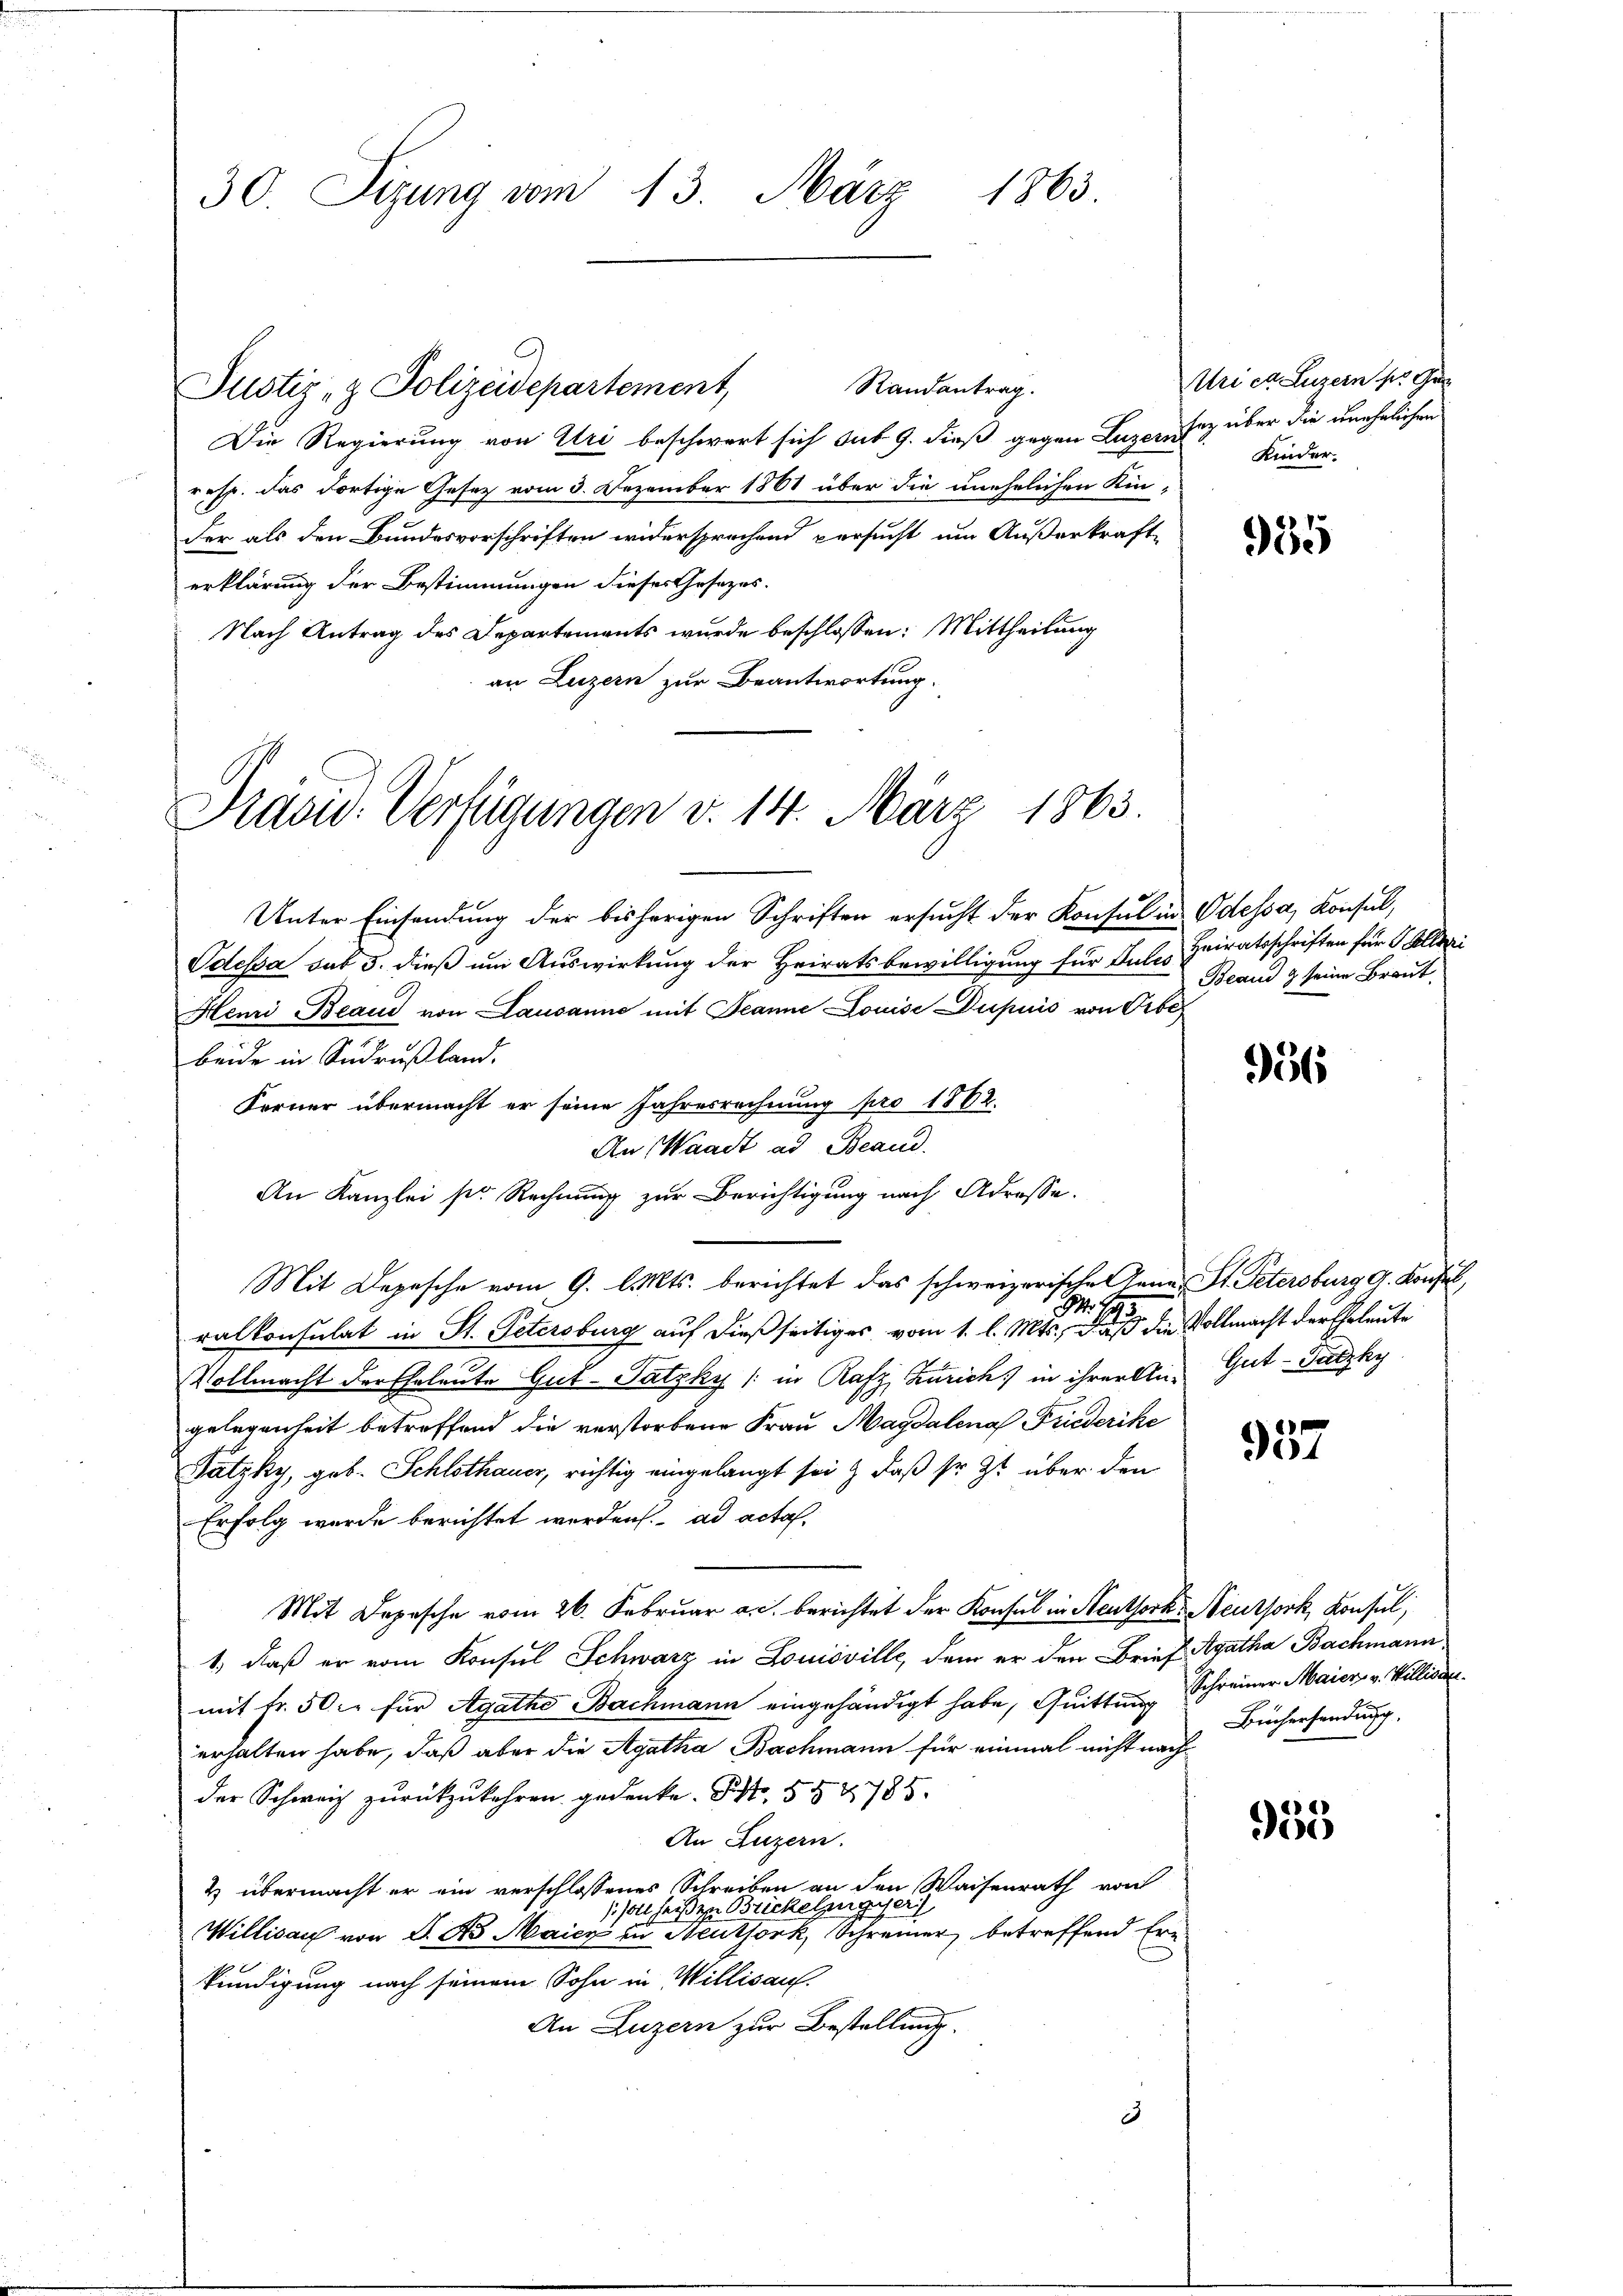
30. Sizung vom 13. März 1863.

Randantrag.
Die Regierung von Uri beschwert sich sub 9. dieß gegen Luzernsiz über die unehelichen
resp. das dortige Gesetz vom 3. Dezember 1861 über die unehelichen Kin-
der als den Bundesvorschriften widersprechend versucht um Außerkraft-
erklärung der Bestimmungen dieses Gesetzes.
Nach Antrag des Departements wurde beschlossen: Mittheilung
an Luzern zur Beantwortung.

Justiz- & Polizeidepartement,

Prasis. Verfügungen d. 14. März 1863.

Unter Einsendung der bisherigen Schriften ersucht der Konsul in Odessa, Konsul,
Odessa sub 3. dieß um Auswirkung der Heiratsbewilligung für Gutes
Henri Beaud von Lausanne mit Jeanne Louise Dupuis von Obe
beide in Sudrußland.
Ferner übermacht er seine Jahresrechnung pro 1862.
An Waadt ad Brand.
An Kanzlei pr Rechnung zur Berichtigung nach Adresse.
Mit Depesche vom 9. d. Mts. berichtet das schweizerische ana, St. Petersburg g. Konsul
M. H.
ralkonsulat in St. Petersburg auf dießseitiges vom 1. l. Mts., daß die Vollmacht der Eheleute
Vollmacht der Eheleute Gut-Satzky (: in Rafz, Zürich) in ihreren Gut-Tatzky
gelegenheit betreffend die verstorbene Frau Magdalena Friederike
Patzky, geb. Schlothauer, richtig eingelangt sei & daß sr. Ist über den
Erfolg wurde berichtet werden. ad acta.
Mit Depesche vom 26. Februar a.c. berichtet der Konsul in Steuthork Neuthork, Konsul
1., daß er vom Konsul Schwarz in Louisville, dem er den Brief Agatha Bachmann
mit fr. 50 l. für Agathe Bachmann eingehändigt habe, Quittung Schreiner Maier v. Williser
erhalten habe, daß aber die Agatha Bachmann für einmal nicht nachder Schweiz zurückzukehren gedenke. St. §§ 2785
An Luzern.
& übermacht er ein verschlossenes Schreiben an den Waisenrath von
1227
/. soll heiß zu Brickelzug
Willisau von P. No. Maicz in Neuthork, Schreiner betreffend Ern
kundigung nach seinem Sohn in Willisau.
An Luzern zur Bestellung.
3

Uri et Luzern s. Gus
Kinder.

955

Heiratsschriften für Tallari
Beaud & seine Braut,

956

957

Bichersendung.

955